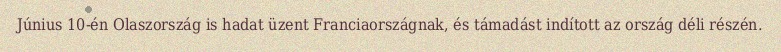
Június 10-én Olaszország is hadat üzent Franciaországnak, és támadást indított az ország déli részén.